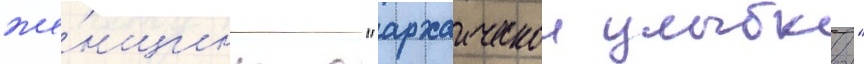
же́нщины с "архаическои улыбкои"